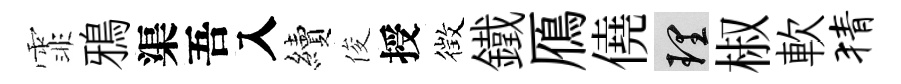
霏鴉渠吾入續俊授徴鐵鴈僥理椒軟猜